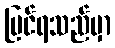
မြင်ရသည်မှာ